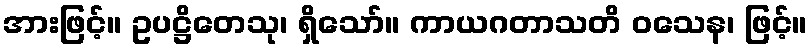
အားဖြင့်။ ဥပဋ္ဌိတေသု၊ ရှိသော်။ ကာယဂတာသတိ ဝသေန၊ ဖြင့်။